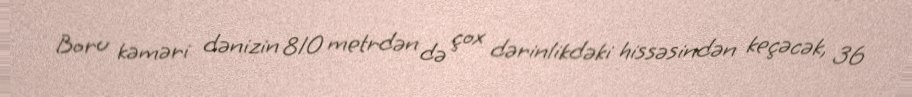
Boru kəməri dənizin 810 metrdən də çox dərinlikdəki hissəsindən keçəcək, 36